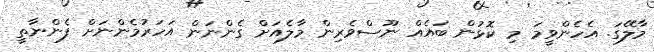
މާލޭގަ. އެހެންވީމަ މި ކޮޅުން ބައެއް ނޫސްވެރިން މާލެއަށް ގެންނަން އަހަރުމެންނަށް ފެންނާތީ